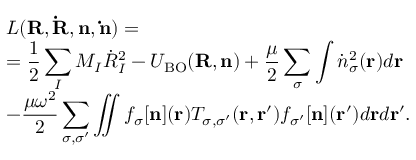
\begin{array} { l } { { \displaystyle { \cal L } ( { \bf R } , { \bf { \dot { R } } } , { \bf n } , { \bf \dot { n } } ) = } \ ~ } \\ { { \displaystyle = \frac { 1 } { 2 } \sum _ { I } M _ { I } { \dot { R } } _ { I } ^ { 2 } - { \cal U } _ { \mathrm { B O } } ( { \bf R } , { \bf n } ) + \frac { \mu } { 2 } \sum _ { \sigma } \int { \dot { n } _ { \sigma } } ^ { 2 } ( { \bf r } ) d { \bf r } } \ ~ } \\ { { \displaystyle - \frac { \mu \omega ^ { 2 } } { 2 } \sum _ { \sigma , \sigma ^ { \prime } } \iint f _ { \sigma } [ { \bf n } ] ( { \bf r } ) T _ { \sigma , \sigma ^ { \prime } } ( { \bf r } , { \bf r ^ { \prime } } ) f _ { \sigma ^ { \prime } } [ { \bf n } ] ( { \bf r ^ { \prime } } ) d { \bf r } d { \bf r ^ { \prime } } } . } \end{array}